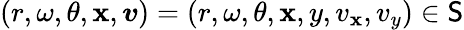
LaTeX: (r,\omega,\theta,\boldsymbol{\mathbf{x}},\boldsymbol{v})=(r,\omega,\theta,\mathbf{x},y,v_{\mathbf{x}},v_{y})\in\mathsf{S}